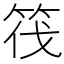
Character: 筏